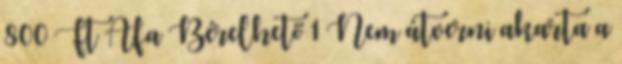
800 Ft Áfa Bérelhető 1 Nem átverni akarta a